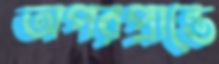
অপরপ্রান্তে